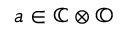
a \in \mathbb { C } \otimes \mathbb { O }